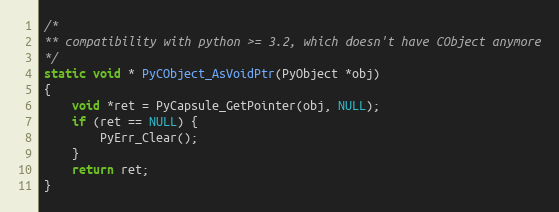
Language: C
/*
** compatibility with python >= 3.2, which doesn't have CObject anymore
*/
static void * PyCObject_AsVoidPtr(PyObject *obj)
{
    void *ret = PyCapsule_GetPointer(obj, NULL);
    if (ret == NULL) {
        PyErr_Clear();
    }
    return ret;
}